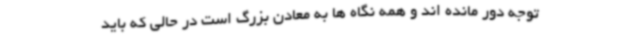
توجه دور مانده اند و همه نگاه ها به معادن بزرگ است در حالی که باید